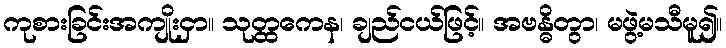
ကုစားခြင်းအကျိုးငှာ။ သုတ္ထကေန၊ ချည်ငယ်ဖြင့်။ အဗန္ဓိတွာ၊ မဖွဲ့မသီမူ၍။